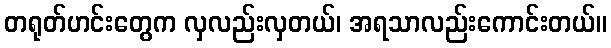
တရုတ်ဟင်းတွေက လှလည်းလှတယ်၊ အရသာလည်းကောင်းတယ်။